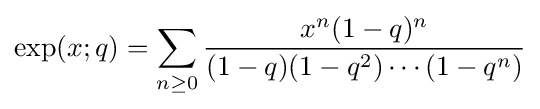
\exp(x;q)=\sum _{n\geq 0}{\frac {x^{n}(1-q)^{n}}{(1-q)(1-q^{2})\cdots (1-q^{n})}}